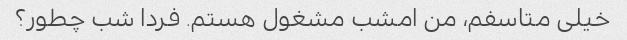
خیلی متاسفم، من امشب مشغول هستم. فردا شب چطور؟